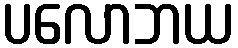
ပလောဘယ